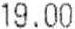
19.00